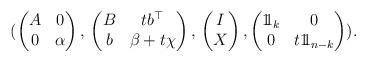
LaTeX: \begin{align*}(\begin{pmatrix}A & 0\\0 & \alpha\end{pmatrix},\,\begin{pmatrix}B & tb^{\top}\\b & \beta+t\chi\end{pmatrix},\,\begin{pmatrix}I\\X\end{pmatrix},\begin{pmatrix}1\!\!1_{k} & 0\\0 & t1\!\!1_{n-k}\end{pmatrix}).\end{align*}